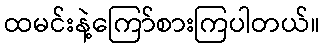
ထမင်းနဲ့ကြော်စားကြပါတယ်။